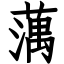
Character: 蕅